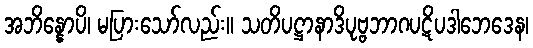
အဘိန္နောပိ၊ မပြားသော်လည်း။ သတိပဋ္ဌာနာဒိပုဗ္ဗဘာဂပဋိပဒါဘေဒေန၊